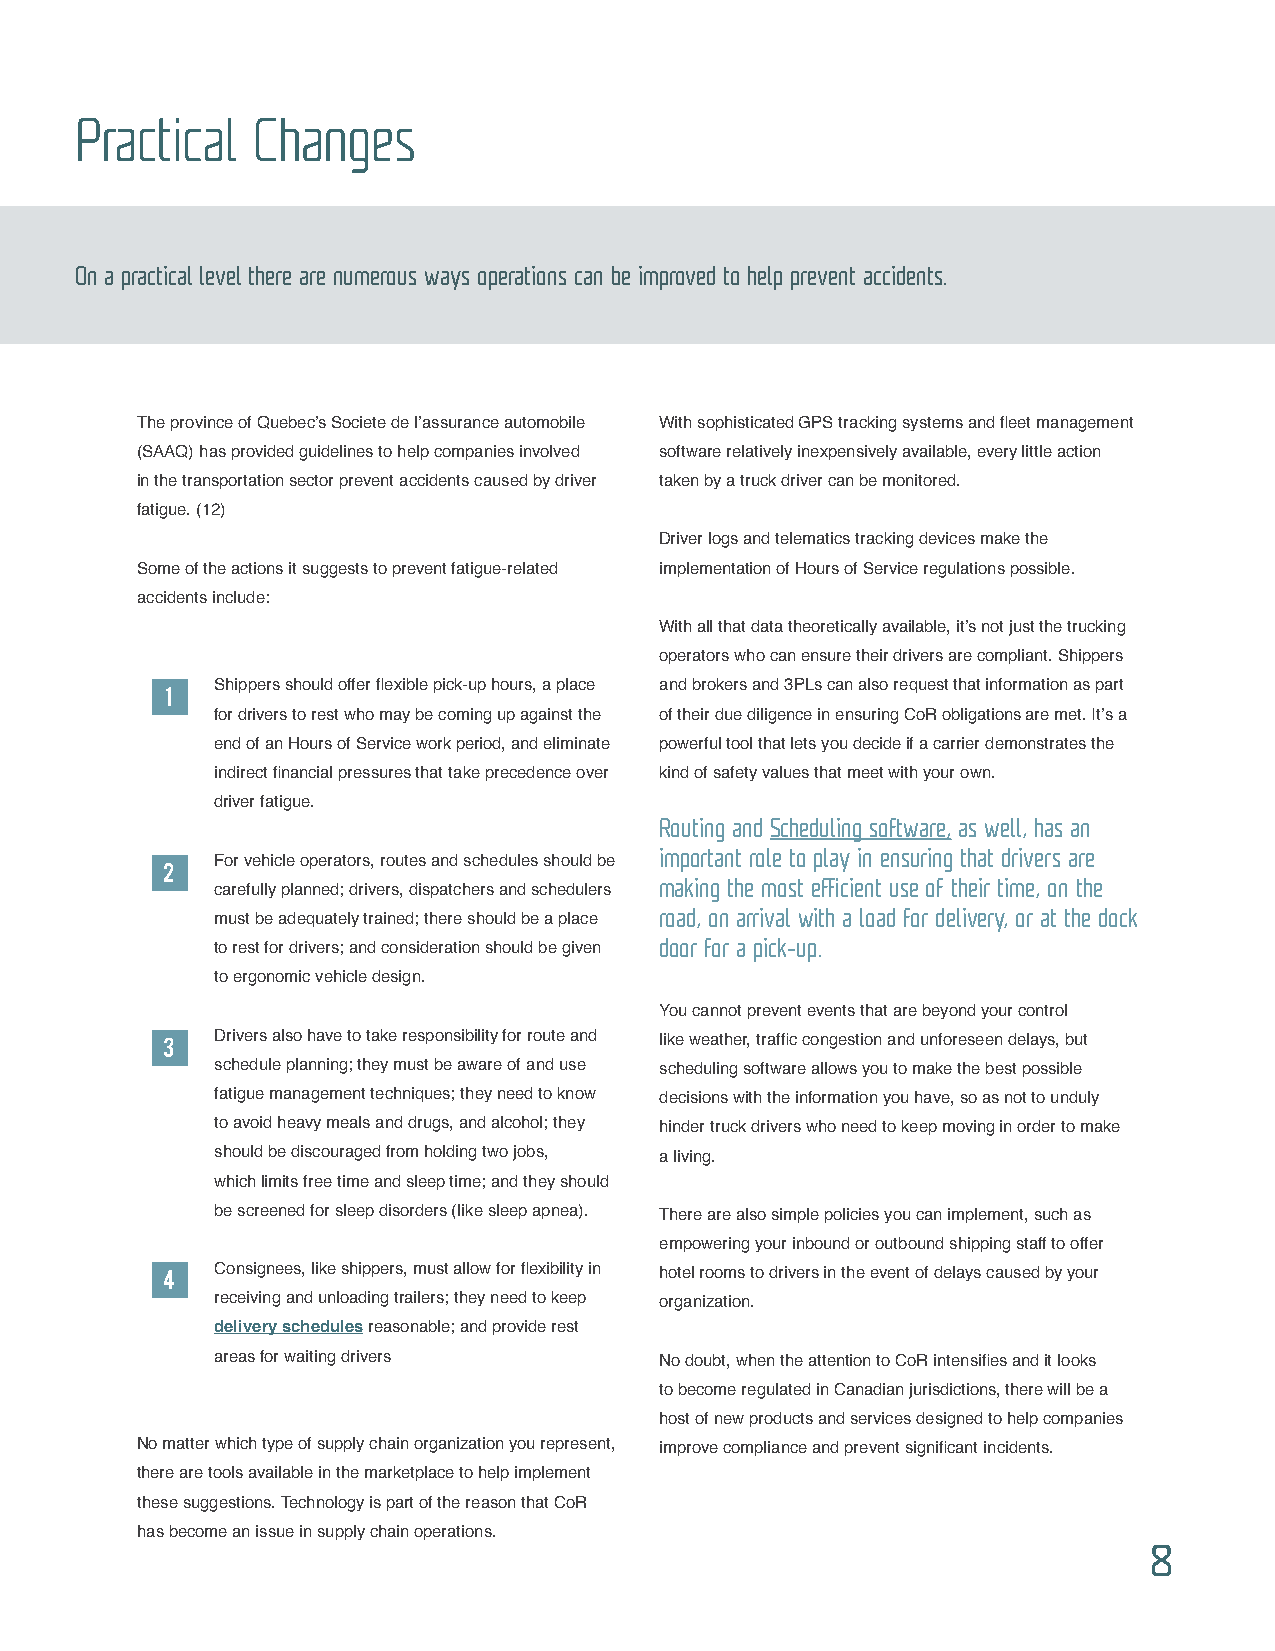
Practical   Changes
 On a practical level there are numerous ways operations can be improved to help prevent accidents.
 The province of Quebec’s Societe de l’assurance automobile With sophisticated GPS tracking systems and fleet management
 (SAAQ) has provided guidelines to help companies involved software relatively inexpensively available, every little action
 in the transportation sector prevent accidents caused by driver taken by a truck driver can be monitored.
 fatigue. (12)
 Driver logs and telematics tracking devices make the
 Some of the actions it suggests to prevent fatigue-related implementation of Hours of Service regulations possible.
 accidents include:
 With all that data theoretically available, it’s not just the trucking
 operators who can ensure their drivers are compliant. Shippers
 Shippers should offer flexible pick-up hours, a place and brokers and 3PLs can also request that information as part
 1
 for drivers to rest who may be coming up against the of their due diligence in ensuring CoR obligations are met. It’s a
 end of an Hours of Service work period, and eliminate powerful tool that lets you decide if a carrier demonstrates the
 indirect financial pressures that take precedence over kind of safety values that meet with your own.
 driver fatigue.
 Routing and Scheduling software, as well, has an
 important role to play in ensuring that drivers are
 For vehicle operators, routes and schedules should be
 2
 making the most efficient use of their time, on the
 carefully planned; drivers, dispatchers and schedulers
 road, on arrival with a load for delivery, or at the dock
 must be adequately trained; there should be a place
 door for a pick-up.
 to rest for drivers; and consideration should be given
 to ergonomic vehicle design.
 You cannot prevent events that are beyond your control
 3  Drivers also have to take responsibility for route and like weather, traffic congestion and unforeseen delays, but
 schedule planning; they must be aware of and use scheduling software allows you to make the best possible
 fatigue management techniques; they need to know decisions with the information you have, so as not to unduly
 to avoid heavy meals and drugs, and alcohol; they hinder truck drivers who need to keep moving in order to make
 should be discouraged from holding two jobs, a living.
 which limits free time and sleep time; and they should
 be screened for sleep disorders (like sleep apnea). There are also simple policies you can implement, such as
 empowering your inbound or outbound shipping staff to offer
 4  Consignees, like shippers, must allow for flexibility in hotel rooms to drivers in the event of delays caused by your
 receiving and unloading trailers; they need to keep organization.
 delivery schedules reasonable; and provide rest
 areas for waiting drivers     No doubt, when the attention to CoR intensifies and it looks
 to become regulated in Canadian jurisdictions, there will be a
 host of new products and services designed to help companies
 No matter which type of supply chain organization you represent, improve compliance and prevent significant incidents.
 there are tools available in the marketplace to help implement
 these suggestions. Technology is part of the reason that CoR
 has become an issue in supply chain operations.
 8